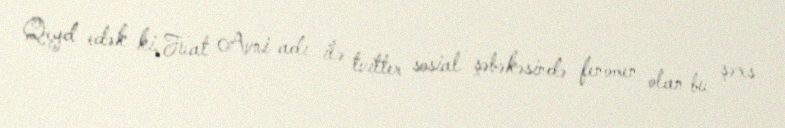
Qeyd edək ki, Fuat Avni adı ilə tvitter sosial şəbəkəsində fenomen olan bu şəxs